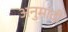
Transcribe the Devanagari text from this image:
अनुमादी